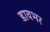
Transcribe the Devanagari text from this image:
डावभर